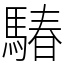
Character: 䮞